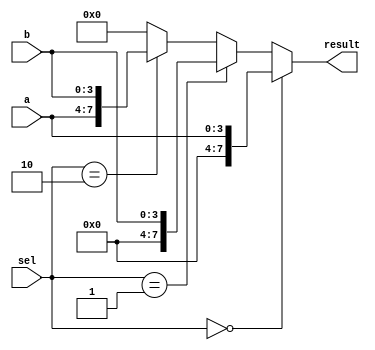
module vector_continuous_assignment (
    input wire [3:0] a,          // 4-bit input vector a
    input wire [3:0] b,          // 4-bit input vector b
    input wire [1:0] sel,        // 2-bit selector input
    output wire [7:0] result     // 8-bit output vector
);

// Continuous assignment for the result vector
assign result = (sel == 2'b00) ? {4'b0000, a} :  // Concatenate 4 zeros with a
                (sel == 2'b01) ? {4'b0000, b} :  // Concatenate 4 zeros with b
                (sel == 2'b10) ? {a, b} :        // Concatenate a and b
                8'b00000000;                       // Default case

endmodule